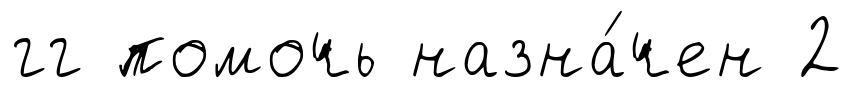
гг помочь назна́чен 2